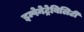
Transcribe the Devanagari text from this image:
इम्पेनेट्रेबिलिटी